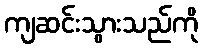
ကျဆင်းသွားသည်ကို